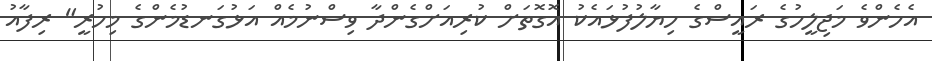
އެހެންވެ މަޖިލީހުގެ ރައީސްގެ ހިޔާލުފުޅައެކު އޮގޮތަށް ކުރިއަށްގެންދާ ވިސްނުމެއް އަޅުގަނޑުމެންގެ މިހުރީ" ރިފާއު